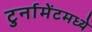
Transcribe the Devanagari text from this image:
टुर्नामेंटमध्ये